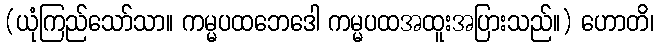
(ယုံကြည်သော်သာ။ ကမ္မပထဘေဒေါ ကမ္မပထအထူးအပြားသည်။) ဟောတိ၊